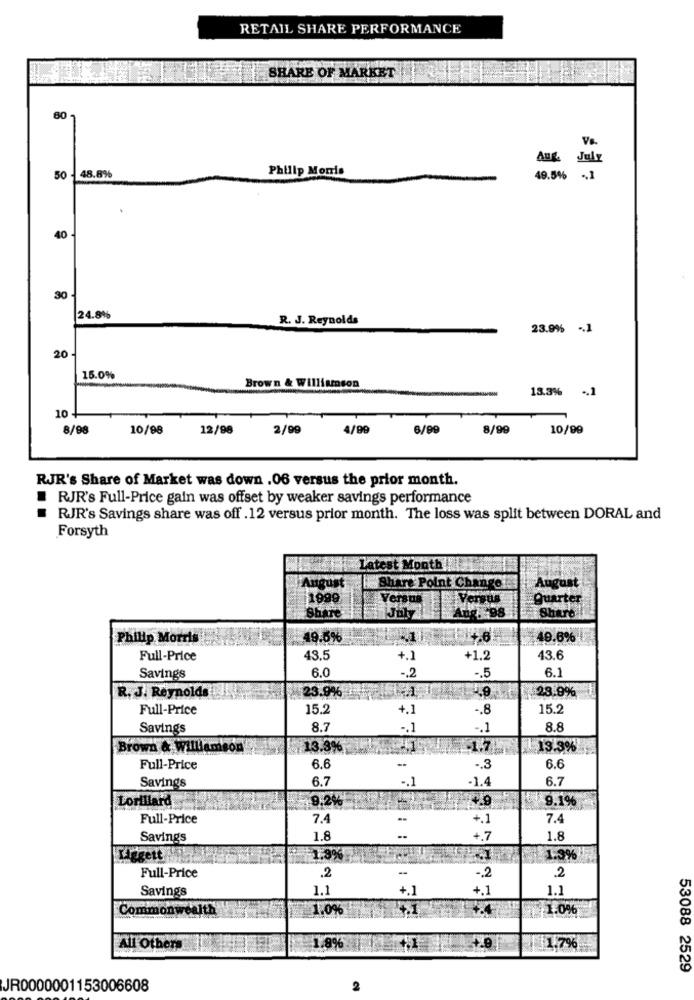
RETAIL SHARE PERFORMANCE
SHARE OF MARKET
60
V.
Aug. July
Philip Morris
50 - 48.8%
49.5% -, 1
40 -
30
24.8%
R. J. Reynolds
23.9% -1
20
15.0%
Brown & Williamson
13.3% -1
10 +
8/98
10/98
12/98
2/99
4/99
6/99
8/99
10/99
RJR's Share of Market was down .06 versus the prior month.
.
RJR's Full-Price gain was offset by weaker savings performance
RJR's Savings share was off .12 versus prior month. The loss was split between DORAL and
Forsyth
Latest Month
August
Share Point Change
1999
Versus
Ver
Quarter
Share
July
Sher
Philip Morris
49.6%
49.6%
Full-Price
43.5
+1.2
43.6
6.0
-. 2
6.1
Savings
-. 5
R. J. Reynolds
$28.9%
23.9%
Full-Price
15.2
4.1
-. 8
15.2
Savings
8.7
-. 1
-. 1
8.8
Brown & williamson
13.3%
1.7
213.3%
Full-Price
6.6
-. 3
6.6
6.7
-. 1
-1.4
6.7
Savings
Lorillard
9.2%
9.1%
Full-Price
7.4
+.1
7.4
Savings
1.8
+.7
1.8
Liggett
=1,3%
1.3%
.2
Full-Price
-2
2
1.1
+.1
+.1
1.1
Savings
Commonwealth
1.0%
$1.0%
All Others
1.8%
1,7%
53088 2529
JR0000001153006608
2